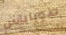
طوباياس